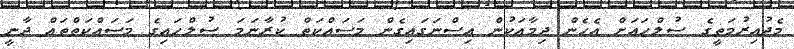
މެދުއިރުމަތީގެ ސުލްހައަށް އެހެން ދިމާއަކުން އިސްނަގައިގެން މަސައްކަތް ކުރާނަމަ ސުލްހައިގެ މަސައްކަތްތައް ދާނީ